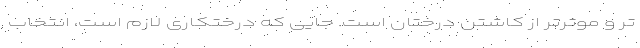
تر و موثرتر از کاشتن درختان است. جایی که درختکاری لازم است، انتخاب